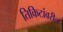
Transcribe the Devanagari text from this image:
तिकिटांवरील